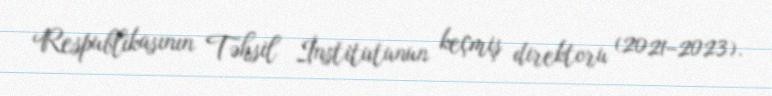
Respublikasının Təhsil İnstitutunun keçmiş direktoru (2021–2023).